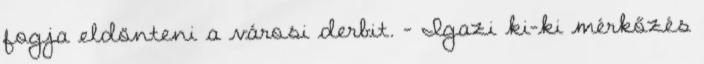
fogja eldönteni a városi derbit. – Igazi ki-ki mérkőzés